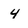
Character: 4